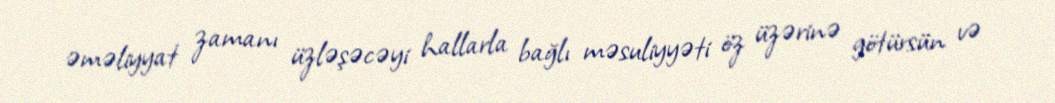
əməliyyat zamanı üzləşəcəyi hallarla bağlı məsuliyyəti öz üzərinə götürsün və